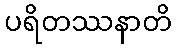
ပရိတဿနာတိ